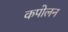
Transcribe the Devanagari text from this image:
कपोलन